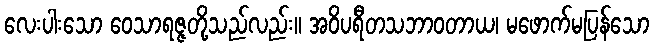
လေးပါးသော ဝေသာရဇ္ဇတို့သည်လည်း။ အဝိပရီတသဘာဝတာယ၊ မဖောက်မပြန်သော